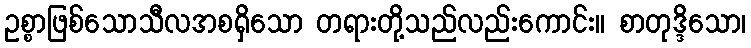
ဥစ္စာဖြစ်သောသီလအစရှိသော တရားတို့သည်လည်းကောင်း။ စာတုဒ္ဒိသော၊